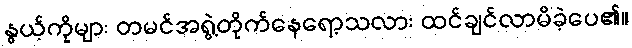
နွယ့်ကိုများ တမင်အရွဲ့တိုက်နေရော့သလား ထင်ချင်လာမိခဲ့ပေ၏။